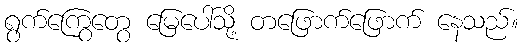
ရွက်ကြွေတွေ မြေပေါ်သို့ တဖြောက်ဖြောက် နေသည်။